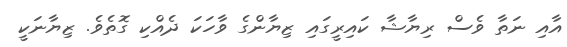
އާއި ނަތާ ވެސް ރިޔާޝާ ކައިރީގައި ޒިޔާންގެ ވާހަކަ ދެއްކި ގޮތެވެ. ޒިޔާނަކީ